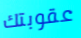
عقوبتك